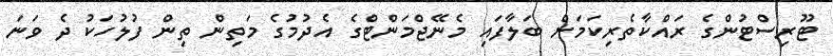
ޓޫރިސްޓުންގެ ރައްކާތެރިކަމަށް ބަލާފައި މެނޭޖްމަންޓްގެ އެދުމުގެ މަތިން ތިން ފުލުހަކު ދެ ވަނަ